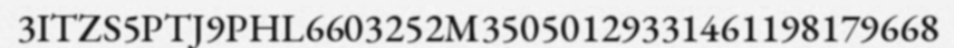
3ITZS5PTJ9PHL6603252M35050129331461198179668